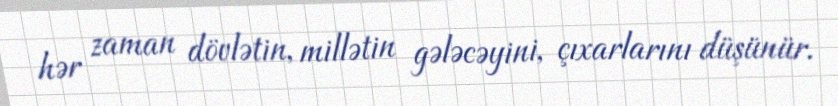
hər zaman dövlətin, millətin gələcəyini, çıxarlarını düşünür.